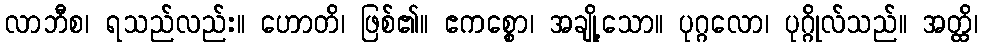
လာဘီစ၊ ရသည်လည်း။ ဟောတိ၊ ဖြစ်၏။ ဧကစ္စော၊ အချို့သော။ ပုဂ္ဂလော၊ ပုဂ္ဂိုလ်သည်။ အတ္ထိ၊